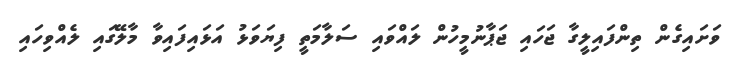
ވަށައިގެން ތިންފައިލީގާ ޖަހައި ޖަޕާނުމީހުން ލައްވައި ސަލާމަތީ ފިޔަވަޅު އަޅައިފައިވާ މާލޭގައި ލެއްވިހައި